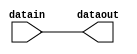
// link.v

module link(
                  datain,
                  dataout
                  );
input [15:0] datain;

output [15:0] dataout;
wire [15:0] dataout;

assign dataout[15:0] = datain[15:0];


endmodule